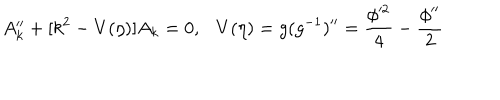
A _ { k } ^ { \prime \prime } + [ k ^ { 2 } - V ( \eta ) ] A _ { k } = 0 , V ( \eta ) = g ( g ^ { - 1 } ) ^ { \prime \prime } = \frac { \phi ^ { 2 } } { 4 } - \frac { \phi ^ { \prime \prime } } { 2 }